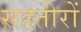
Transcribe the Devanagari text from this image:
सहतीरों